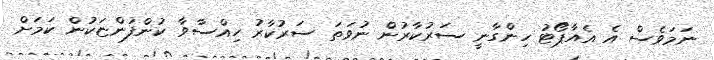
ނަމަވެސް އެ އެއާޕޯޓު ހިންގާނީ ސަރުކާރުން ނުވަތަ ސަރުކާރު ހިއްސާވާ ކުންފުންޏަކުން ކަމަށް